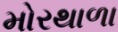
મોરથાળા